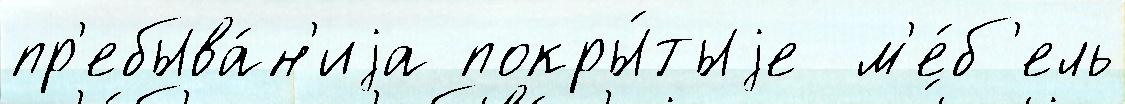
пр'ебыва́н'иjа покры́тыjе  м'е́б'ель